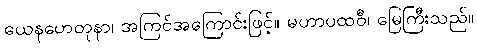
ယေနဟေတုနာ၊ အကြင်အကြောင်းဖြင့်။ မဟာပထဝီ၊ မြေကြီးသည်။